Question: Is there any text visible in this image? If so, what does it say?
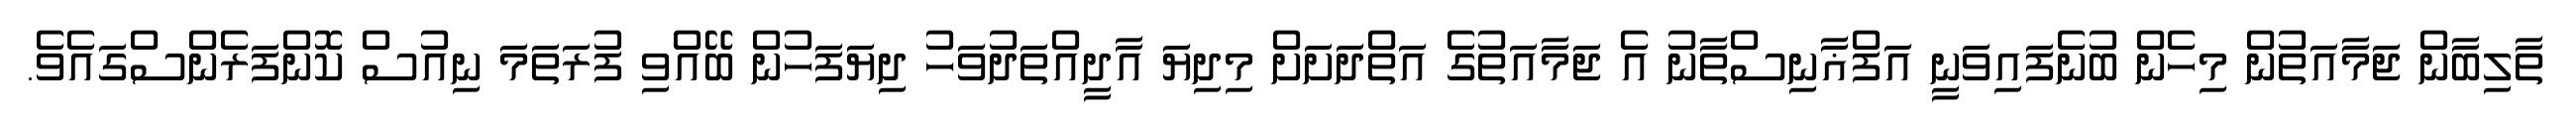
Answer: ތާލިބާން ޖަމާއަތުން މިހެން ބުނެފައިވަނީ އަފްޣާނިސްތާނު އެ ޖަމާއަތުގެ އަތްދަށަށް މިދިޔަ އާދީއްތަދުވަހު ދިޔަފަހުން ބޭއްވި ފުރަތަމަ ނިއުސް ކޮންފަރެންސްގައެވެ.